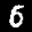
Label: 6